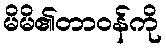
မိမိ၏တာဝန်ကို